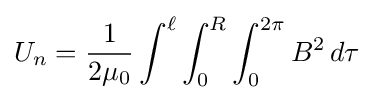
U_{n}={\frac {1}{2\mu _{0}}}\int ^{\ell }\int _{0}^{R}\int _{0}^{2\pi }B^{2}\,d\tau